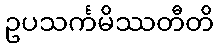
ဥပသင်္ကမိဿတီတိ